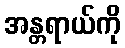
အန္တရာယ်ကို